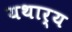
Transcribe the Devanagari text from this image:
यथार्य